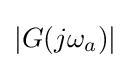
|G(j\omega _{a})|